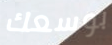
بوسعك